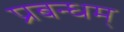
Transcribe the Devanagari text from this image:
प्रबन्धम्